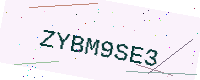
Text: ZYBM9SE3